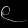
Digit: ၉